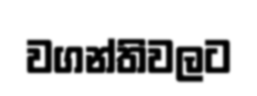
වගන්තිවලට